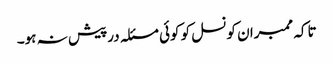
تاکہ ممبران کونسل کو کوئی مسئلہ درپیش نہ ہو۔